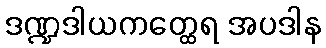
ဒဏ္ဍဒါယကတ္ထေရ အပဒါန